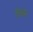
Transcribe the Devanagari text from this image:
ओको